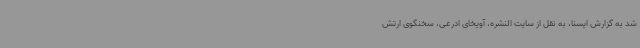
شد به گزارش ایسنا، به نقل از سایت النشره، آویخای ادرعی، سخنگوی ارتش